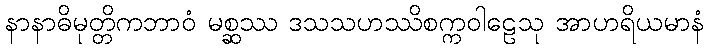
နာနာဓိမုတ္တိကဘာဝံ မစ္ဆဿ ဒသသဟဿိစက္ကဝါဠေသု အာဟရိယမာနံ